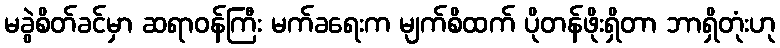
မခွဲစိတ်ခင်မှာ ဆရာဝန်ကြီး မက်ခရေးက မျက်စိထက် ပိုတန်ဖိုးရှိတာ ဘာရှိတုံးဟု